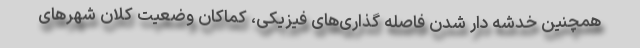
همچنین خدشه دار شدن فاصله گذاری‌های فیزیکی،‌ کماکان وضعیت کلان شهرهای